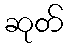
ဆုတ်